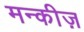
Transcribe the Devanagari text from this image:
मन्कीज़